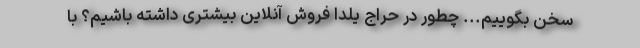
سخن بگوییم... چطور در حراج یلدا فروش آنلاین بیشتری داشته باشیم؟ با